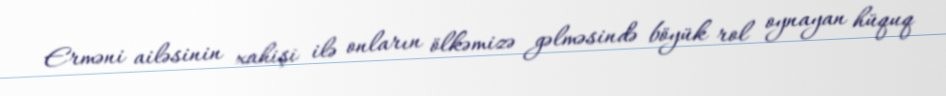
Erməni ailəsinin xahişi ilə onların ölkəmizə gəlməsində böyük rol oynayan hüquq